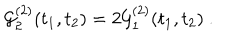
{ \cal G } _ { 2 } ^ { ( 2 ) } ( t _ { 1 } , t _ { 2 } ) = 2 { \cal G } _ { 1 } ^ { ( 2 ) } ( t _ { 1 } , t _ { 2 } ) \ .